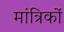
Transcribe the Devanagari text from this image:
मांत्रिकों